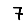
Digit: 7